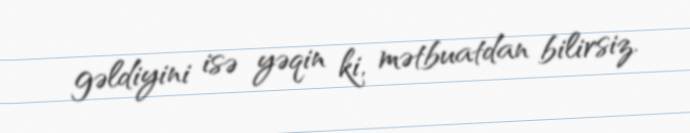
gəldiyini isə yəqin ki, mətbuatdan bilirsiz.